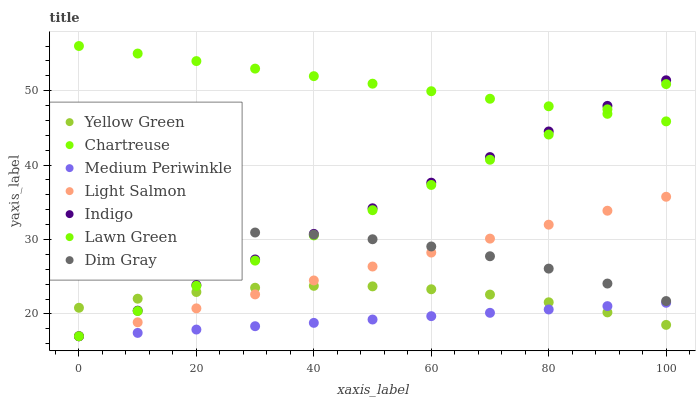
| xaxis_label | Yellow Green | Chartreuse | Medium Periwinkle | Light Salmon | Indigo | Lawn Green | Dim Gray |
 | --- | --- | --- | --- | --- | --- | --- | --- |
 | 0 | 20.8 | 56 | 17 | 17 | 17 | 17 | 29.7 |
 | 10 | 22 | 55 | 17.4 | 18.9 | 20.4 | 20.4 | 30.5 |
 | 20 | 22.9 | 54 | 17.9 | 20.7 | 23.9 | 23.8 | 30.9 |
 | 30 | 23.5 | 53 | 18.3 | 22.6 | 27.3 | 27.2 | 30.9 |
 | 40 | 23.8 | 52 | 18.8 | 24.5 | 30.8 | 30.6 | 30.7 |
 | 50 | 23.7 | 50.9 | 19.2 | 26.4 | 34.2 | 33.9 | 30 |
 | 60 | 23.3 | 49.9 | 19.7 | 28.2 | 37.6 | 37.3 | 29.1 |
 | 70 | 22.6 | 48.9 | 20.1 | 30.1 | 41.1 | 40.7 | 27.7 |
 | 80 | 21.6 | 47.9 | 20.6 | 32 | 44.5 | 44.1 | 26.1 |
 | 90 | 20.2 | 46.9 | 21 | 33.9 | 48 | 47.5 | 24.1 |
 | 100 | 18.5 | 45.9 | 21.5 | 35.7 | 51.4 | 50.9 | 21.7 |